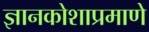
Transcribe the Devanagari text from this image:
ज्ञानकोशाप्रमाणे